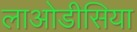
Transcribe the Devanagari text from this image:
लाओडीसिया